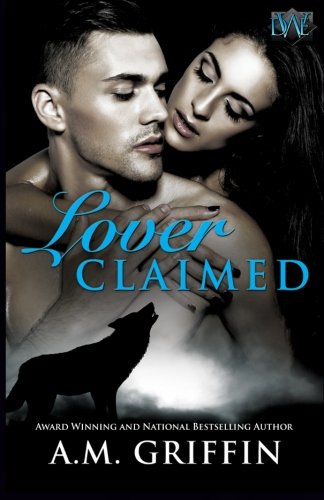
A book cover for Lover Claimed (Dark Wolf Enterprises); A.M. Griffin; Romance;